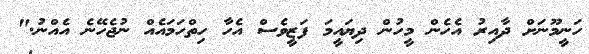
ހަނީމޫނަށް ދާއިރު އެހެން މީހުން ދިޔައީމަ ފަޒީވެސް އެހާ ހިތްހަމައެއް ނުޖެހޭނެ އެއްނު."